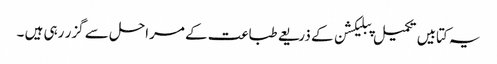
یہ کتابیں تکمیل پبلیکشن کے ذریعے طباعت کے مراحل سے گزر رہی ہیں ۔